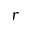
r